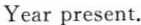
Year present.